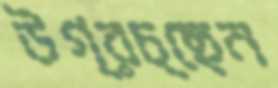
উগ্‌রচ্ছেন